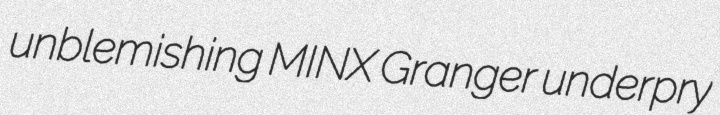
unblemishing MINX Granger underpry